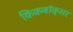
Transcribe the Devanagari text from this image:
किकबॉक्सर